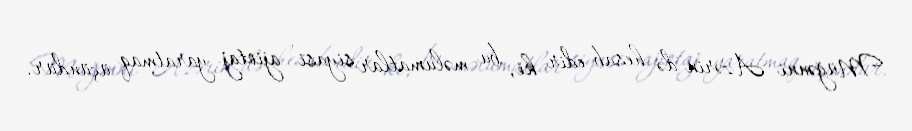
Müğənni Azərin də hesab edir ki, bu məlumatlar siyasi ajiotaj yaratmaq üçündür.